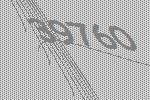
39760